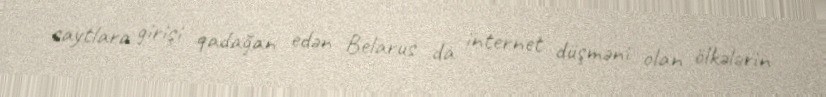
saytlara girişi qadağan edən Belarus da internet düşməni olan ölkələrin